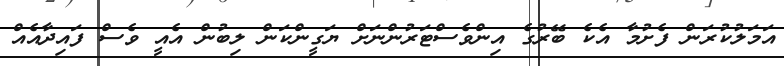
އަމަލުކުރަން ފެށުމާ އެކެ ބޭރުގެ އިންވެސްޓަރުންނަށް ޔަގީންކަން ލިބުން އެއީ ވެސް ފައިދާއެއް